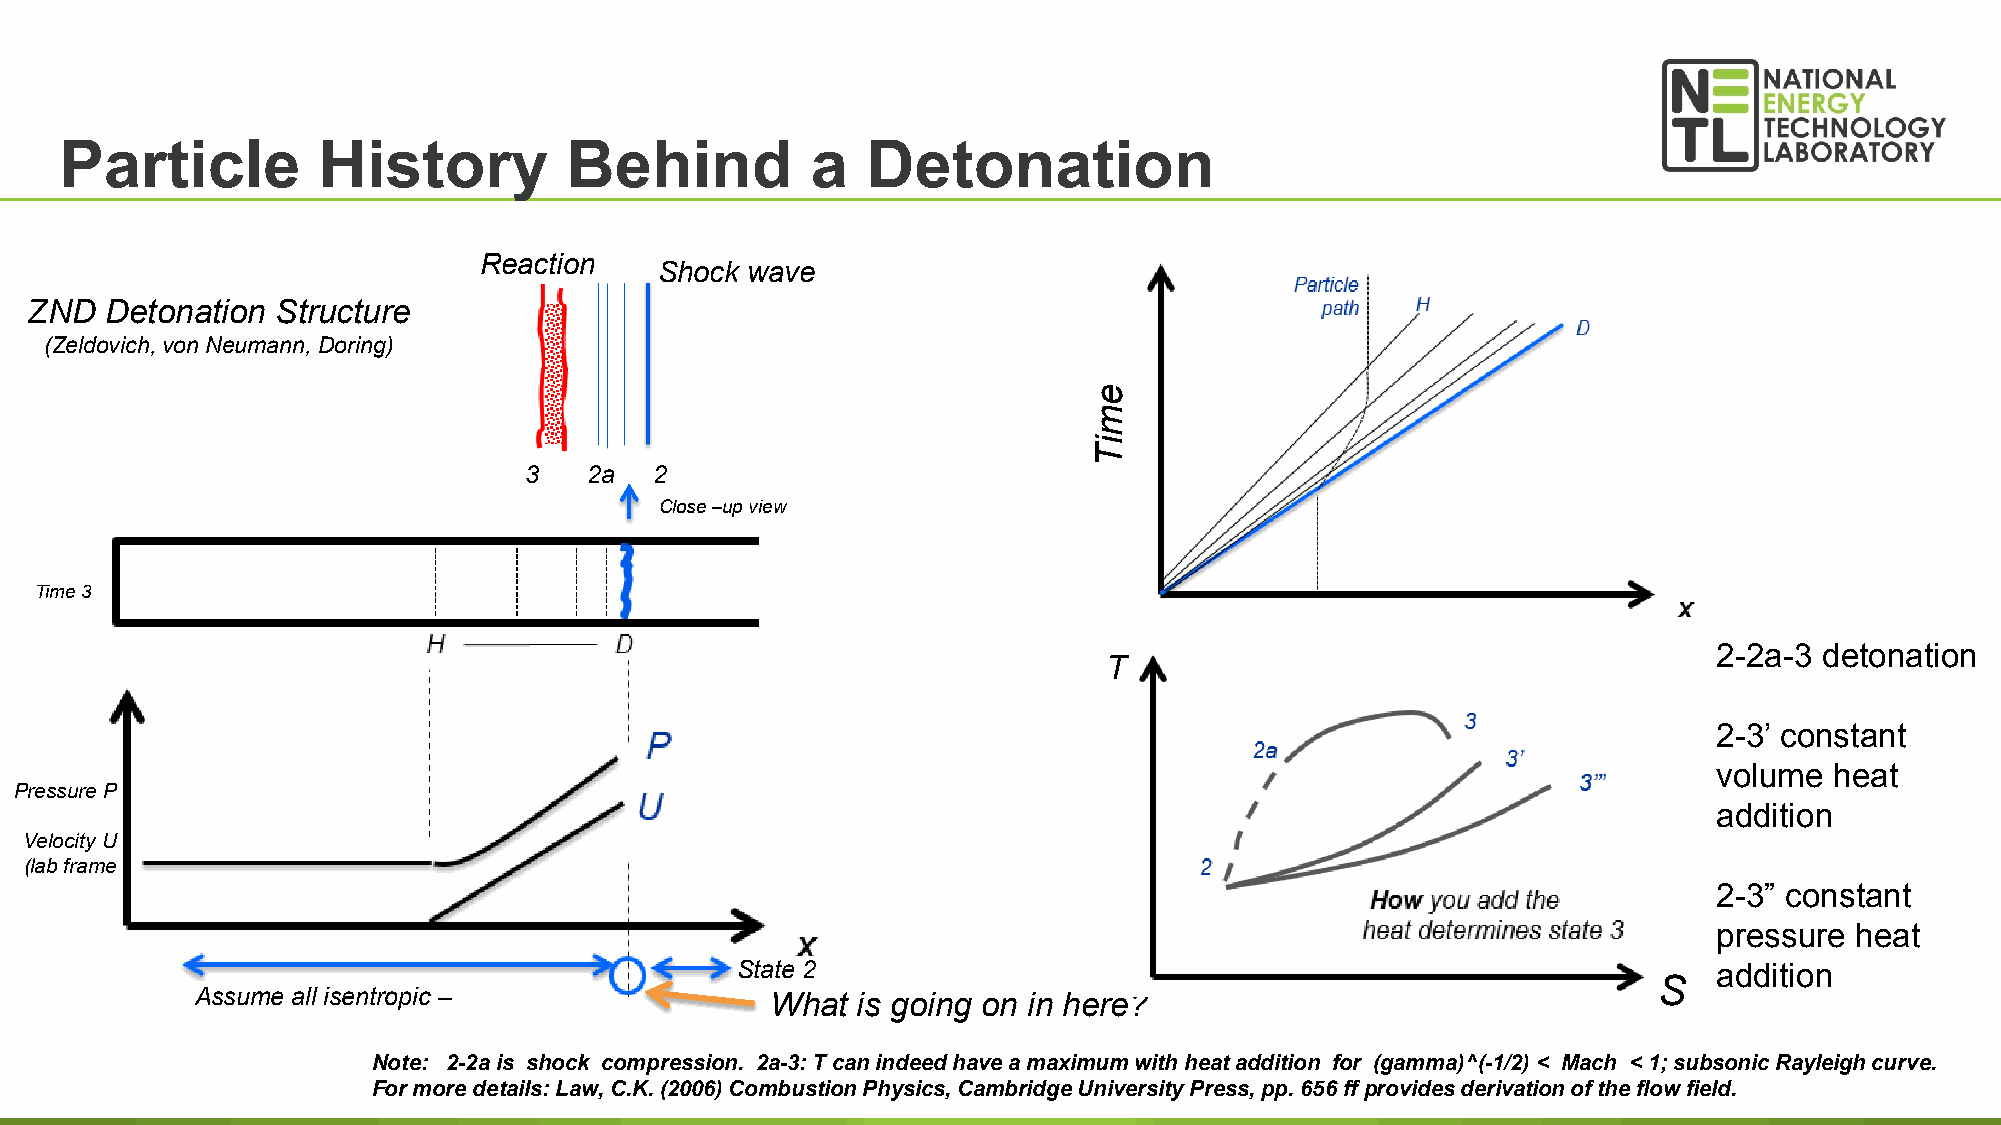
Particle         History         Behind           a  Detonation
 Reaction
 Shock wave
 ZND  Detonation Structure
 (Zeldovich, von Neumann, Doring)
 3   2a  2
 Close –up view
 Time 3
 2-2a-3 detonation
 T
 2-3’ constant
 volume heat
 Pressure P
 addition
 Velocity U
 (lab frame
 2-3” constant
 pressure heat
 State 2                                                          addition
 S
 Assume all isentropic –               What  is going on in here?
 Note: 2-2a is shock compression. 2a-3: T can indeed have a maximum with heat addition for (gamma)^(-1/2) < Mach < 1; subsonic Rayleigh cu2rv9e.
 For more details: Law, C.K. (2006) Combustion Physics, Cambridge University Press, pp. 656 ff provides derivation of the flow field.
 emiT